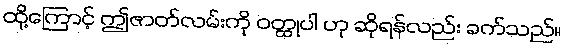
ထို့ကြောင့် ဤဇာတ်လမ်းကို ဝတ္ထုပါ ဟု ဆိုရန်လည်း ခက်သည်။